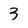
Character: 3